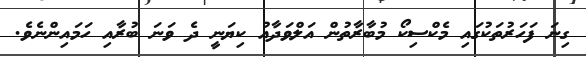
ގިނަ ފަހަރުތަކުގައި މެކްސިކޯ މުބާރާތުން އަލްވަދާއު ކިޔަނީ ދެ ވަނަ ބުރާއި ހަމައިންނެވެ.